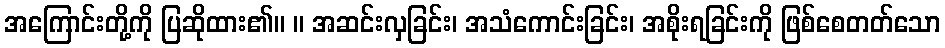
အကြောင်းတို့ကို ပြဆိုထား၏။ ။ အဆင်းလှခြင်း၊ အသံကောင်းခြင်း၊ အစိုးရခြင်းကို ဖြစ်စေတတ်သော